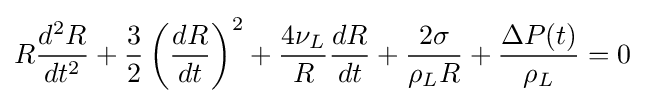
R{\frac {d^{2}R}{dt^{2}}}+{\frac {3}{2}}\left({\frac {dR}{dt}}\right)^{2}+{\frac {4\nu _{L}}{R}}{\frac {dR}{dt}}+{\frac {2\sigma }{\rho _{L}R}}+{\frac {\Delta P(t)}{\rho _{L}}}=0